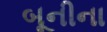
બૂનીના